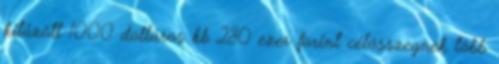
kitűzött 1000 dolláros kb 280 ezer forint célösszegnek több